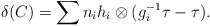
\begin{align*} \delta(C)=\sum n_i h_i\otimes (g_i^{-1}\tau- \tau).\end{align*}